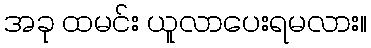
အခု ထမင်း ယူလာပေးရမလား။